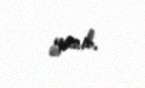
yanıb.